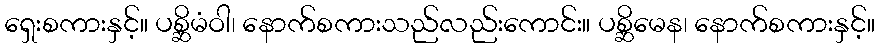
ရှေးစကားနှင့်။ ပစ္ဆိမံဝါ၊ နောက်စကားသည်လည်းကောင်း။ ပစ္ဆိမေန၊ နောက်စကားနှင့်။